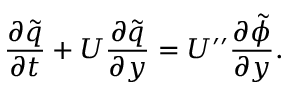
\frac { \partial \tilde { q } } { \partial t } + U \frac { \partial \tilde { q } } { \partial y } = U ^ { \prime \prime } \frac { \partial \tilde { \phi } } { \partial y } .